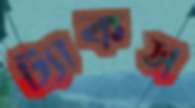
ট্যাকস